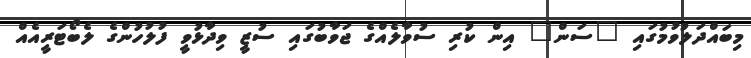
މިބައްދަލުވުމުގައި "ސަން" އިން ކުރި ސުވާލެއްގެ ޖަވާބުގައި ސުޒީ ވިދާޅުވީ ފުލުހުންގެ ލެބޯޓަރީއެއް